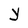
Character: y